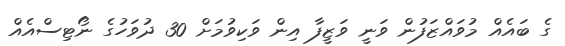
ގެ ބައެއް މުވައްޒަފުން ވަނީ ވަޒީފާ އިން ވަކިވުމަށް 30 ދުވަހުގެ ނޯޓިސްއެއް